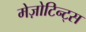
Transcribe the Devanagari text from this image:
मेज़ोटिन्ट्स